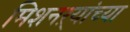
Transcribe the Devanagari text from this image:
मिशनऱ्यांच्या